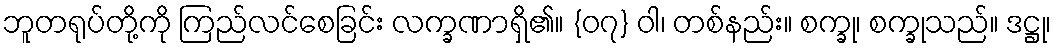
ဘူတရုပ်တို့ကို ကြည်လင်စေခြင်း လက္ခဏာရှိ၏။ {၀၇} ဝါ၊ တစ်နည်း။ စက္ခု၊ စက္ခုသည်။ ဒဋ္ဌု၊